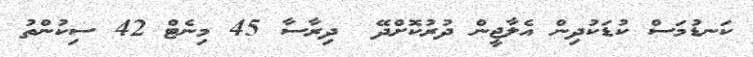
ކަނޑުމަސް ކުޑަކުދިން އެލާޖީން ދުރުކޮށްދޭ  ދިރާސާ 45 މިނެޓް 42 ސިކުންތު